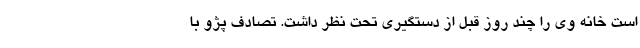
است خانه وی را چند روز قبل از دستگیری تحت نظر داشت. تصادف پژو با